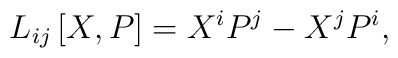
L_{ij}\left[ X,P\right] =X^iP^j-X^jP^i,